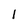
Character: 1